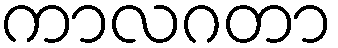
ကာလဂတာ